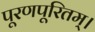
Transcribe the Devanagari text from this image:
पूरणपूरितम्।